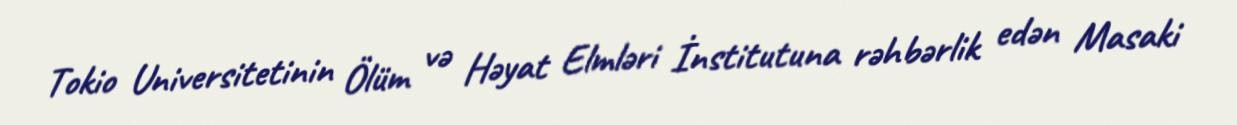
Tokio Universitetinin Ölüm və Həyat Elmləri İnstitutuna rəhbərlik edən Masaki